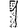
Digit: 1